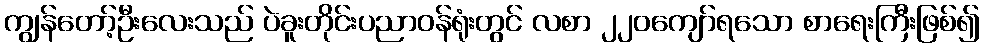
ကျွန်တော့်ဦးလေးသည် ပဲခူးတိုင်းပညာဝန်ရုံးတွင် လစာ ၂၂၀ကျော်ရသော စာရေးကြီးဖြစ်၍